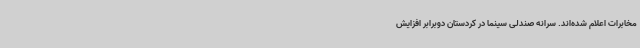
مخابرات اعلام شده‌اند. سرانه صندلی سینما در کردستان دوبرابر افزایش